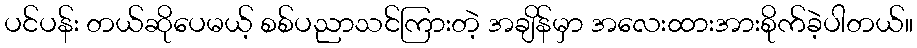
ပင်ပန်း တယ်ဆိုပေမယ့် စစ်ပညာသင်ကြားတဲ့ အချိန်မှာ အလေးထားအားစိုက်ခဲ့ပါတယ်။